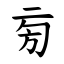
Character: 㫄